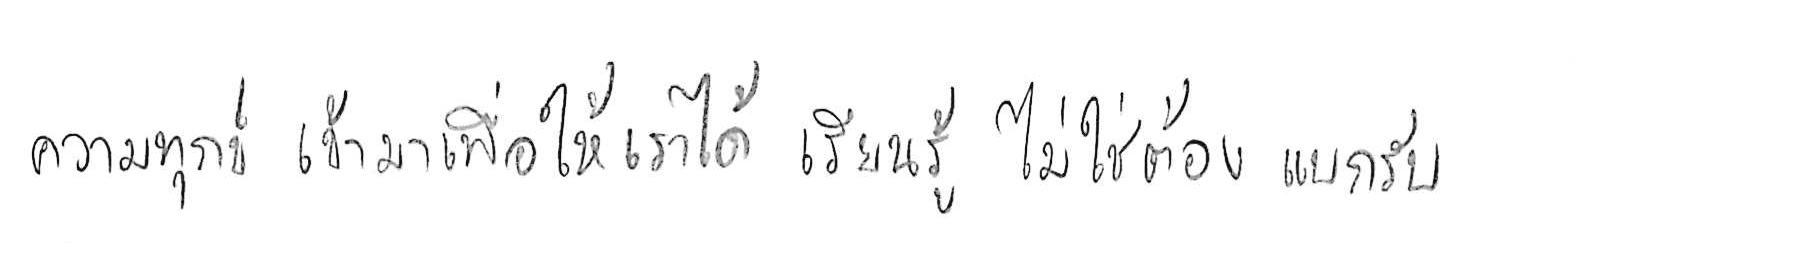
ความทุกข์ เข้ามาเพื่อให้เราได้ เรียนรู้ ไม่ใช่ต้อง แบกรับ